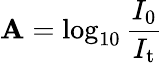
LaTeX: \mathbf{A}=\log_{10}\frac{{I_{0}}}{{I_{\mathrm{{t}}}}}